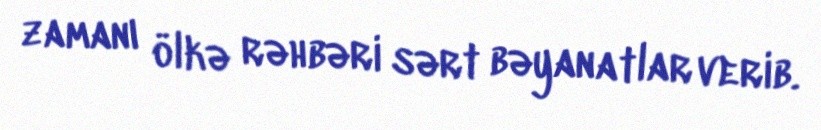
zamanı ölkə rəhbəri sərt bəyanatlar verib.